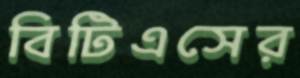
বিটিএসের